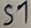
Text: S1